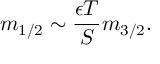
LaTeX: m _ { 1 / 2 } \sim \frac { \epsilon T } { S } m _ { 3 / 2 } .